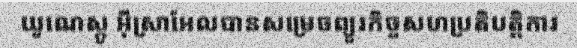
យូណេស្កូ អ៊ីស្រាអែលបានសម្រេចព្យួរកិច្ចសហប្រតិបត្តិការ